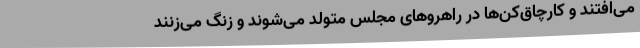
می‌افتند و کارچاق‌کن‌ها در راهروهای مجلس متولد می‌شوند و زنگ می‌زنند